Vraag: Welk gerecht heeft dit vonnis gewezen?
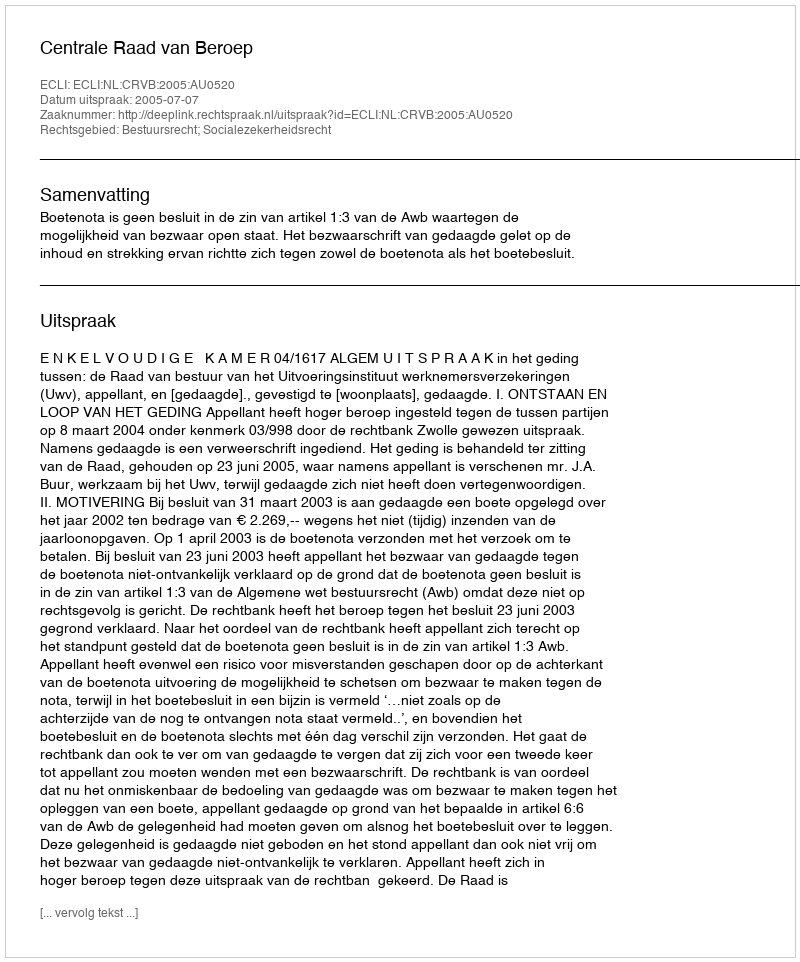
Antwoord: Centrale Raad van Beroep